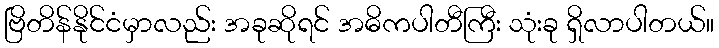
ဗြိတိန်နိုင်ငံမှာလည်း အခုဆိုရင် အဓိကပါတီကြီး သုံးခု ရှိလာပါတယ်။